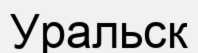
Уральск